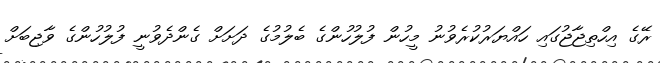
ރޭގެ އިހްތިޖާޖުގައި ހައްޔަރުކުރެވުނު މީހުން ފުލުހުންގެ ބެލުމުގެ ދަށަށް ގެންދެވުނީ ފުލުހުންގެ ވާޖިބަށް